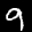
Label: 9